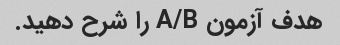
هدف آزمون A/B را شرح دهید.